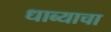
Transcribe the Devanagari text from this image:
धाब्याचा